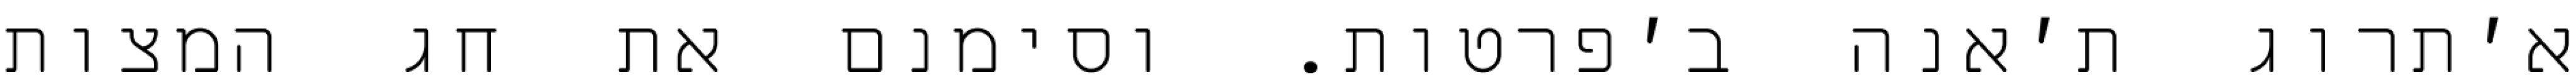
א׳תרוג ת׳אנה ב׳פרטות. וסימנם את חג המצות